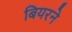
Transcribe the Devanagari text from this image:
बियरने